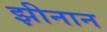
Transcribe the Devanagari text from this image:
झीनान